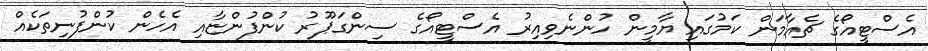
އެސްޓީއޯގެ ޗެއާމަން ކަމުގައި ޔާމީން ހުންނެވިއިރު އެސްޓީއޯގެ ސިންގަޕޫރު ކުންފުންޏާއި އެހެން ކުންފުނިތަކެއް